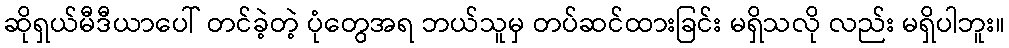
ဆိုရှယ်မီဒီယာပေါ် တင်ခဲ့တဲ့ ပုံတွေအရ ဘယ်သူမှ တပ်ဆင်ထားခြင်း မရှိသလို လည်း မရှိပါဘူး။